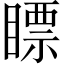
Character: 瞟